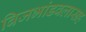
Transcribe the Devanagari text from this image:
बिजभांडवलासह